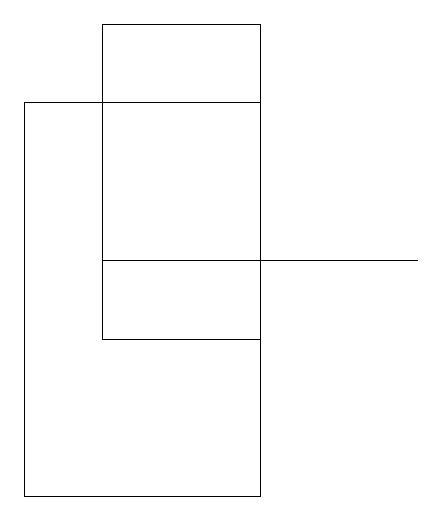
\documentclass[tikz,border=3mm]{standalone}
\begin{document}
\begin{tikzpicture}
\draw (3,13) rectangle (0,18);
\draw (0,17) rectangle (0,13);
\draw (5,16) rectangle (1,16);
\draw (1,15) rectangle (3,19);
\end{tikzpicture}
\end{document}